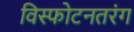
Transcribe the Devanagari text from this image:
विस्फोटनतरंग